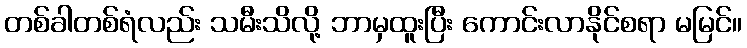
တစ်ခါတစ်ရံလည်း သမီးသိလို့ ဘာမှထူးပြီး ကောင်းလာနိုင်စရာ မမြင်။